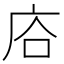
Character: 𢈁